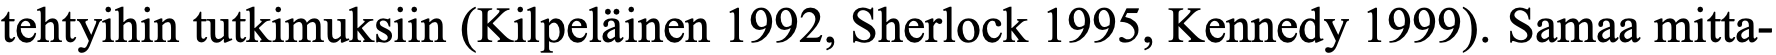
tehtyihin tutkimuksiin (Kilpeläinen 1992, Sherlock 1995, Kennedy 1999). Samaa mitta-